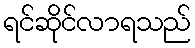
ရင်ဆိုင်လာရသည်